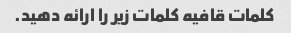
کلمات قافیه کلمات زیر را ارائه دهید.